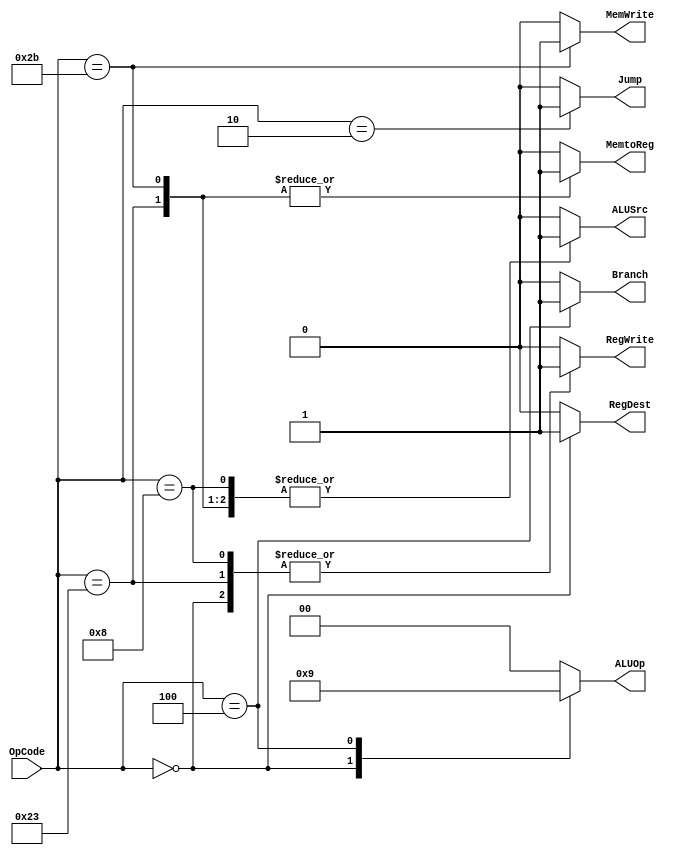
module MainDecoder 
						(
						input[5:0] OpCode,
						output reg [1:0] ALUOp,
						output reg Jump,
						output reg MemWrite,RegWrite,MemtoReg,RegDest,ALUSrc,Branch
						);
						
						always @(*)
						begin
						    Jump     = 1'b0 ;
                ALUOp    = 2'b00 ;
                MemWrite = 1'b0 ;
                RegWrite = 1'b0 ;
                RegDest   = 1'b0 ;
                ALUSrc   = 1'b0 ;
                MemtoReg = 1'b0 ;
                Branch   = 1'b0 ;
                
							case(OpCode)
								6'b100011:                    //lw
								begin
									RegWrite = 1'b1;
									ALUSrc = 1'b1;
									MemtoReg = 1'b1;
								end
								
								6'b10_1011:                   //sw
								begin
									MemWrite = 1'b1;
									ALUSrc = 1'b1;
									MemtoReg = 1'b1;
								end
								
								 6'b00_0000 : begin   //R Type
                    ALUOp    = 2'b10 ;
                    RegWrite = 1'b1 ;
                     RegDest   = 1'b1 ;
                end
								
								6'b00_1000:                 //addi
								begin									
								  RegWrite = 1'b1;
									ALUSrc = 1'b1;
								end
								
								6'b00_0100:                    //beq
								begin
									ALUOp = 2'b01;
									Branch = 1'b1;
								end
								
								6'b00_0010:                     //jal&j
								begin
									Jump = 1'b1;
								end
								
								default:
								begin
									Jump = 1'b0;
									ALUOp = 2'b00;
									MemWrite = 1'b0;
									RegWrite = 1'b0;
									RegDest = 1'b0;
									ALUSrc = 1'b0;
									MemtoReg = 1'b0;
									Branch = 1'b0; 
								end
							endcase
						end
endmodule